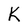
Character: K